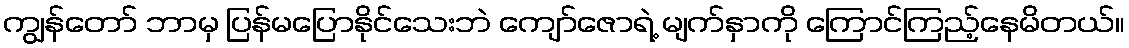
ကျွန်တော် ဘာမှ ပြန်မပြောနိုင်သေးဘဲ ကျော်ဇောရဲ့ မျက်နှာကို ကြောင်ကြည့်နေမိတယ်။